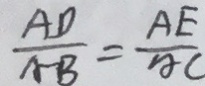
\frac { A D } { A B } = \frac { A E } { A C }